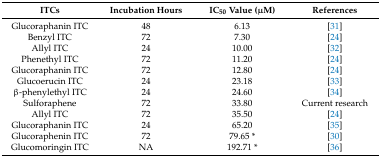
<table><thead><tr><td><b>ITCs</b></td><td><b>Incubation Hours</b></td><td><b>IC<sub>50</sub> Value (μM)</b></td><td><b>References</b></td></tr></thead><tbody><tr><td>Glucoraphanin ITC</td><td>48</td><td>6.13</td><td>[31]</td></tr><tr><td>Benzyl ITC</td><td>72</td><td>7.30</td><td>[24]</td></tr><tr><td>Allyl ITC</td><td>24</td><td>10.00</td><td>[32]</td></tr><tr><td>Phenethyl ITC</td><td>72</td><td>11.20</td><td>[24]</td></tr><tr><td>Glucoraphanin ITC</td><td>72</td><td>12.80</td><td>[24]</td></tr><tr><td>Glucoerucin ITC</td><td>24</td><td>23.18</td><td>[33]</td></tr><tr><td>β-phenylethyl ITC</td><td>24</td><td>24.60</td><td>[34]</td></tr><tr><td>Sulforaphene</td><td>72</td><td>33.80</td><td>Current research</td></tr><tr><td>Allyl ITC</td><td>72</td><td>35.50</td><td>[24]</td></tr><tr><td>Glucoraphanin ITC</td><td>24</td><td>65.20</td><td>[35]</td></tr><tr><td>Glucoraphenin ITC</td><td>72</td><td>79.65 *</td><td>[30]</td></tr><tr><td>Glucomoringin ITC</td><td>NA</td><td>192.71 *</td><td>[36]</td></tr></tbody></table>